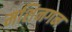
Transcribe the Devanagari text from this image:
मशिनगन